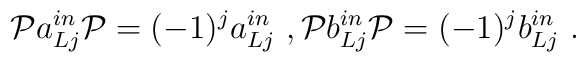
\mathcal{P}a^{in}_{Lj}\mathcal{P}=(-1)^ja^{in}_{Lj} \ ,\mathcal{P}b^{in}_{Lj}\mathcal{P}= (-1)^jb^{in}_{Lj}  \ .